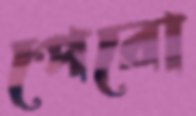
পেরো